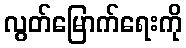
လွတ်မြောက်ရေးကို